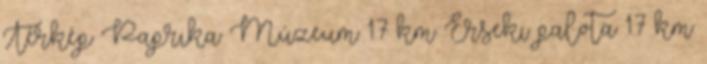
Térkép Paprika Múzeum 1.7 km Érseki palota 1.7 km